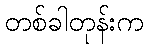
တစ်ခါတုန်းက